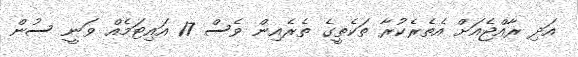
އަދި ރާއްޖެއަށް އެތެރެކުރާ ތަކެތީގެ ތެރެއިން ވެސް 17 އައިޓަމެއް ވަނީ ސުން